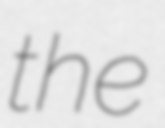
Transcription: the